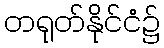
တရုတ်နိုင်ငံ၌